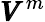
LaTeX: \pmb{V}^{m}